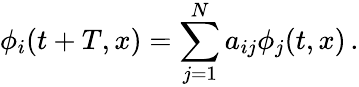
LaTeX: \phi_{i}(t+T,x)=\sum_{j=1}^{N}a_{ij}\phi_{j}(t,x)\, .